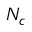
{ { N } _ { c } }